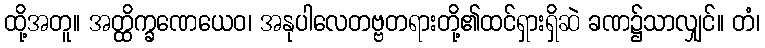
ထို့အတူ။ အတ္ထိက္ခဏေယေဝ၊ အနုပါလေတဗ္ဗတရားတို့၏ထင်ရှားရှိဆဲ ခဏ၌သာလျှင်။ တံ၊